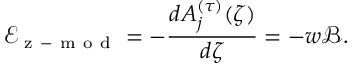
\mathcal { E } _ { \mathrm { ~ z ~ - ~ m ~ o ~ d ~ } } = - \frac { d A _ { j } ^ { ( \tau ) } ( \zeta ) } { d \zeta } = - w \mathcal { B } .